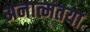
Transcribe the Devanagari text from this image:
अनात्मतया